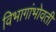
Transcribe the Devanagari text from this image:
विभागांभोवती